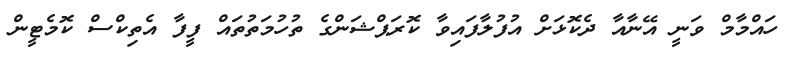
ހައްމާމް ވަނީ އޭނާއާ ދެކޮޅަށް އުފުލާފައިވާ ކޮރަޕްޝަންގެ ތުހުމަތުތައް ފީފާ އެތިކްސް ކޮމެޓީން